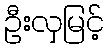
ဦးလှမြင့်